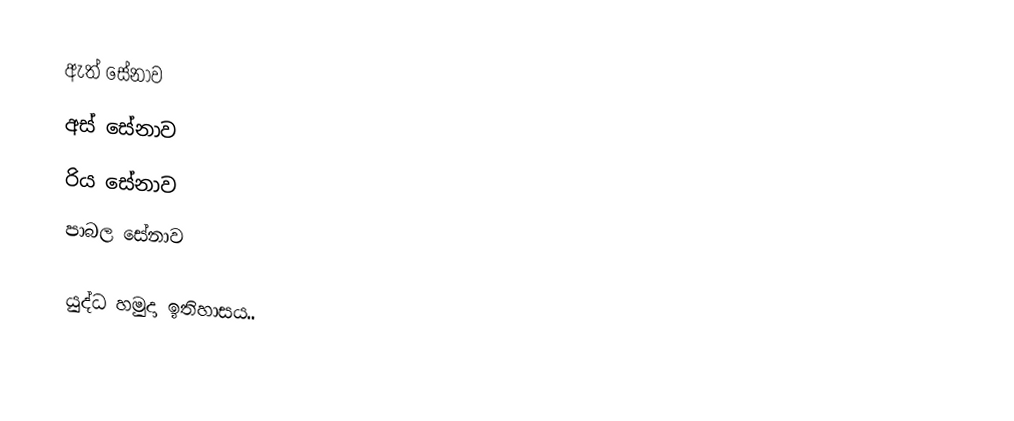
ඇත් සේනාව
 අස් සේනාව
 රිය සේනාව
 පාබල සේනාව

යුද්ධ හමුදා ඉතිහාසය..